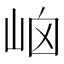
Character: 𡶯